Vaccination North-Western Provinces and Oudh 1878-1895 - 1878-1895
Year: 1878
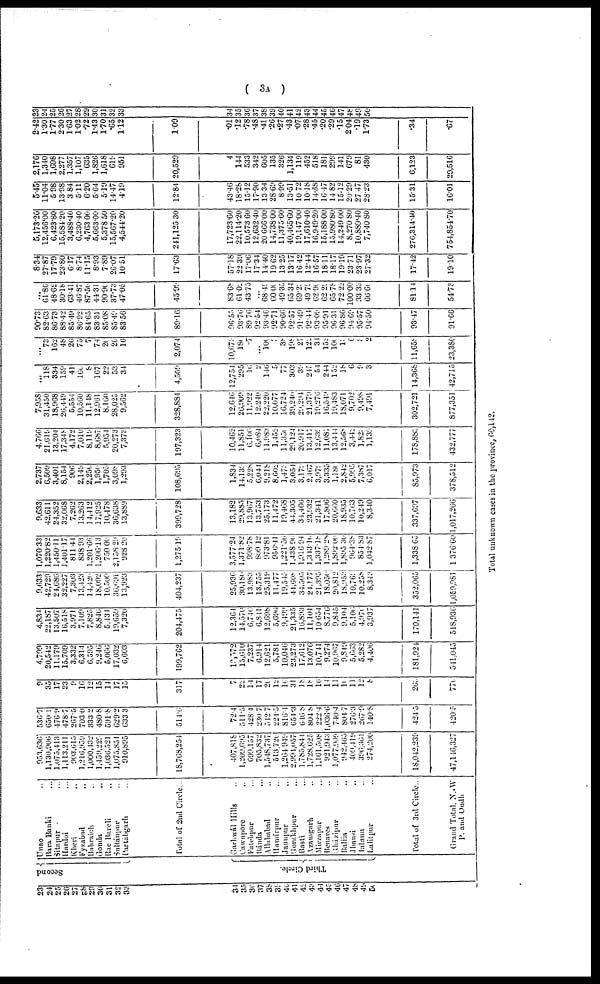
( 3A )
23
24
25
26
27
28
29
30
31
32
33
34
35
36
37
38
39
40
41
42
43
44
45
46
47
48
49
50
Second
Third Circle.
Unao ...
Bara Banki ...
Sitapur ...
Hardoi ...
Kheri ...
Fyzabad ...
Bahraich ...
Gonda
...
Rae Bareli ...
Sultánpur ...
Partábgarh ...
Total of 2nd Circle...
Garhwál Hills ...
Cawnpore ...
Fatehpur ...
Bánda ...
Allahabad ...
Hamírpur ...
Jaunpur ...
Gorakhpur ...
Basti ...
Azamgarh ...
Mirzapur ...
Benares ...
Gházipur ...
Ballin ...
Jhansi ...
Jalaun ...
Lalitpur ...
Total of 3rd Circle...
Grand Total, N.-W
P. and Oudh
953,636
1,130,906
1,075,413
1,113,211
903,615
1,216,959
1,000,432
l,459,229
1,036,521
1,075,851
910,895
18,768,254
407,818
1,209,695
699,157
705,832
1,548,737
513,720
1,264,949
2,994,057
1,785,844
1,728,625
1,161,508
921,943
1,077,909
942,465
409,419
396,661
274,200
18,042,239
47,146,327
536.7
650.1
476.9
478.7
267.5
703.0
333.2
480.8
591.8
629.2
633.3
514.6
72.4
511.5
428.4
230.7
542.7
224.5
816.4
654.3
646.8
804.8
222.4
1,036.6
740.4
804.7
276.3
267.9
140.8
424.5
420.5
9
35
17
23
9
16
12
15
14
17
15
317
7
22
14
17
20
12
10
31
18
18
16
14
11
10
11
12
8
262
770
4,799
20,542
11,179
15,709
3,332
6,314
6,595
9,246
5,066
17,032
6,603
109,762
l8,572
15,610
7,237
6,914
12,621
5,781
10,046
23,273
17,612
13,076
10,741
9,274
10,967
9,849
5,663
5,282
4,406
181,924
541,045
4,834
22,187
13,507
16,518
3,971
7,109
7,825
8,846
5,434
19,659
7,320
204,475
12,364
14,570
6,746
6,841
12,698
5,696
9,499
21,335
16,893
11,101
10,654
8,776
9,845
9,104
5,106
4,976
3,937
170,141
518,936
9,633
42,729
24,686
32,227
7,303
13,423
14,420
18,092
10,500
36,691
13,923
404,237
25,936
30,186
13,983
13,755
25,319
11,477
19,545
44,608
34,505
24,177
21,395
18.056
20,812
18,952
10,769
10,258
8,343
352,065
1,059,981
1,070.33
1,220.82
1,450.11
1,401.17
811.44
838.93
1,201.66
1,208.13
750.00
2,158.29
928.20
1,275.19
3,577.24
1,371.82
998.78
809.12
973.81
956.41
1,221.56
1,438.96
1,916.94
1,343.10
1,337.18
1,289.28
1,892.00
1,895.30
964.38
854.83
1,042.87
1,338.60
1,376.60
9,633
42,611
24,352
32,068
7,262
13,263
14,412
17,925
10,478
36,638
13,889
390,728
13,182
29,885
13,967
13,753
25,173
11,472
10,468
44,305
34,466
23,932
21,341
17,806
20,660
18,935
10,763
10,249
8,340
337,697
1,017,266
2,737
6,509
3,401
8,154
906
2,149
2,250
1,950
1,705
3,098
1,293
108,695
1,834
14,134
5,228
6,044
9,218
8,602
1,472
3,054
3,179
2,467
3,079
3,335
1,180
2,842
5,995
7,387
6,017
85,973
378,512
4,766
21,619
13,204
17,348
4,172
7,010
8,119
8,687
5,954
20,273
7,373
197,323
10,462
11,851
6,106
6,084
11,983
1,452
11,350
29,124
20,917
13,417
12,639
11,087
13,414
12,568
3,442
1,822
1,139
178,883
432,777
7,958
31,450
18,968
26,449
5,554
10,560
11,148
12,961
8,160
28,025
9,562
328,884
12,646
26,909
11,922
12,240
22,220
10,077
16,724
39,240
29,294
21,379
19,276
16,549
19,483
18,071
9,702
9,498
7,491
302,721
877,351
...
118
334
159
41
160
8
167
22
53
34
4,509
12,754
295
16
2
140
5
77
303
39
245
54
244
152
18
6
9
3
14,368
42,715
...
73
162
48
26
75
7
74
20
20
16
2,074
10,678
180
-7
...
100
8
38
198
27
122
84
157
100
10
6
8
2
11,658
23,380
90.73
82.63
86.73
88.42
85.49
86.92
84.65
83.31
85.08
85.49
83.56
89.16
96.55
93.76
89.70
92.54
93.40
92.71
90.66
92.57
91.49
92.44
93.09
95.91
96.31
96.86
94.69
95.57
94.50
93.17
91.66
...
61.86
48.62
30.18
63.41
46.87
87.50
44.31
90.90
37.73
47.05
45.99
83.68
61.02
43.75
...
68.49
60.00
49.35
65.34
69.23
49.79
62.90
62.29
65.78
72.22
100.00
33.33
66.60
81.14
51.73
8.34
27.87
17.79
23.80
6.17
8.74
11.15
8.93
7.89
26.07
10.51
17.63
57.18
22.39
17.06
17.34
14.40
19.62
13.25
13.17
16.42
12.44
16.57
18.11
18.17
19.19
23.71
23.97
27.32
17.42
19.10
5,173.20
12,456.00
6,423.80
15,584.20
3,488.40
6,230.40
4,763.00
5,663.00
5,378.50
15,567.20
4,544.20
241,125.30
17,723.60
22,114.20
10,573.60
12,632.40
20,66.00
14,738.00
11,375.60
40,465.60
19,147.00
17,610.40
16,949.20
15,188.00
15,980.80
14,249.00
8,270.80
10,889.40
7,740.80
276,314.40
754,854.70
5.45
11.04
5.98
13.98
3.84
5.11
6.20
5.64
5.19
14.47
4.19
12.84
43.46
18.28
15.12
17.90
13.34
28.69
8.99
13.51
10.72
10.18
14.58
16.47
14.82
15.12
20.29
27.47
28.23
15.31
16.01
2,176
1,340
1,698
2,277
1,357
1,107
635
1,826
1,618
619
951
20,529
4
144
533
342
605
135
326
1,134
119
452
518
181
299
141
679
81
430
6,123
29,516
2.42
1.30
1.77
2.30
1.63
1.02
.72
1.43
1.70
.65
1.12
1.00
.01
.12
.78
.48
.41
.26
.27
.43
.07
.28
.45
.20
.29
.15
2.04
.19
1.73
.34
.67
23
24
25
26
27
28
29
30
31
32
33
34
35
36
37
38
39
40
41
42
43
44
45
46
47
48
49
50
Total unknown cases in the province, 60,142.